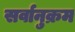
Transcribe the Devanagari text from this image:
सर्वानुक्रम